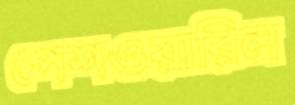
পেশওয়ারিল